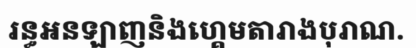
រន្ធអនឡាញនិងហ្គេមតារាងបុរាណ.